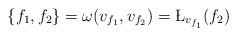
LaTeX: \begin{align*}\{f_1,f_2\} = \omega( v_{f_1}, v_{f_2}) = \L_{ v_{f_1}} (f_2)\end{align*}